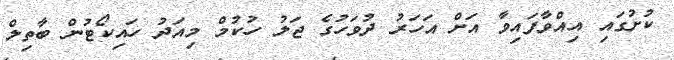
ކުށުގައި އިއްވާފައިވާ އަށް އަހަރު ދުވަހުގެ ޖަލު ހުކުމް މިއަދު ހައިކޯޓުން ބާތިލް